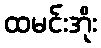
ထမင်းအိုး